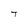
Character: T